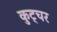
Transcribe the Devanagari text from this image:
कुट्चर